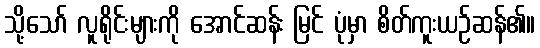
သို့သော် လူရိုင်းများကို အောင်ဆန်း မြင် ပုံမှာ စိတ်ကူးယဉ်ဆန်၏။